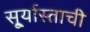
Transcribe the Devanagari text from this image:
सू्र्यास्ताची